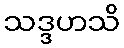
သဒ္ဒဟသိ